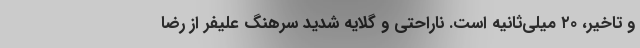
و تاخیر، ۲۰ میلی‌ثانیه است. ناراحتی و گلایه شدید سرهنگ علیفر از رضا